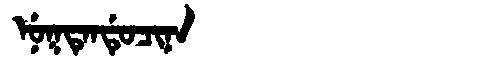
Manchu: ᠨᡠᡴᡨᡝᠨᡩᡠᠴᡳᠨᠠ
Romanization: NUKTENDUCINA